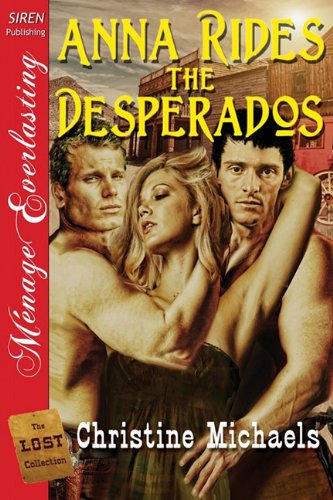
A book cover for Anna Rides the Desperados [The Lost Collection] (Siren Publishing Menage Everlasting); Christine Michaels; Romance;